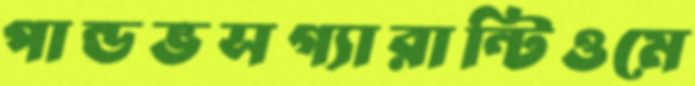
পান্ডভসগ্যারান্টিওমে